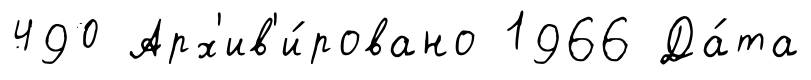
490 Арх'ив'и́ровано 1966 Да́та